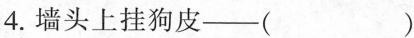
4.墙头上挂狗皮——()